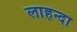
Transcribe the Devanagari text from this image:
लाहन्दा